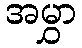
အမွှာ